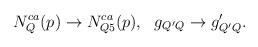
LaTeX: \begin{align*}N_Q^{ca}(p) \rightarrow N_{Q5}^{ca}(p), \ \ g_{Q'Q} \rightarrow g'_{Q'Q}.\end{align*}